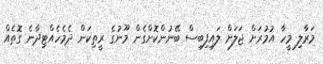
މަރާލި މީހާ އުމުރަށް ޖަލަށް ލައިފިބިސް ބޭނުންކޮށްގެން މޫނުގެ ރީތިކަން ދެމެހެއްޓިދާނެ ގޮތެއް